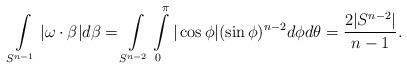
LaTeX: \begin{align*} \int\limits_{S^{n-1}}|\omega \cdot \beta|d\beta&=\int\limits_{S^{n-2}}\int\limits_0^\pi |\cos \phi|(\sin \phi)^{n-2}d\phi d\theta =\frac{2|S^{n-2}|}{n-1}. \end{align*}